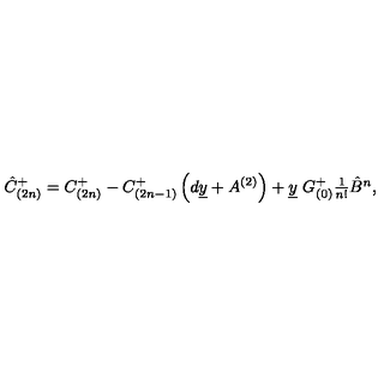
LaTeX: \hat { C } _ { ( 2 n ) } ^ { + } = C _ { ( 2 n ) } ^ { + } - C _ { ( 2 n - 1 ) } ^ { + } \left( d \underline { { y } } + A ^ { ( 2 ) } \right) + \underline { { y } } \ G _ { ( 0 ) } ^ { + } \textstyle { \frac { 1 } { n ! } } \hat { B } ^ { n } ,